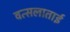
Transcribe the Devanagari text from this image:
वत्सलाताई